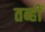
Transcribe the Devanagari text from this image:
तब्हीं